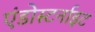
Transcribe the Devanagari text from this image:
एंडोस्टर्नाइट